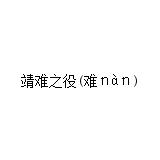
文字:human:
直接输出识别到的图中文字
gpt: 靖难之役(难ｎàｎ)